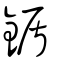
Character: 鍎